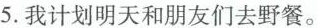
5.我计划明天和朋友们去野餐。